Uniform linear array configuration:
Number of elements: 32
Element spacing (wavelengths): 0.5
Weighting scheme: uniform
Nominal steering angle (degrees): -30
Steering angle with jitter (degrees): -30.181
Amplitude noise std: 0.05
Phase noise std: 0.05

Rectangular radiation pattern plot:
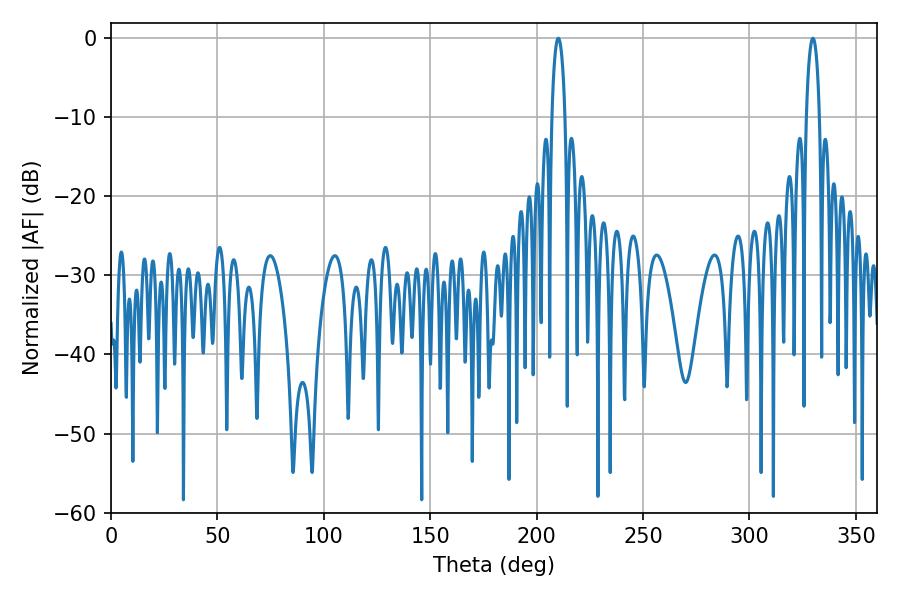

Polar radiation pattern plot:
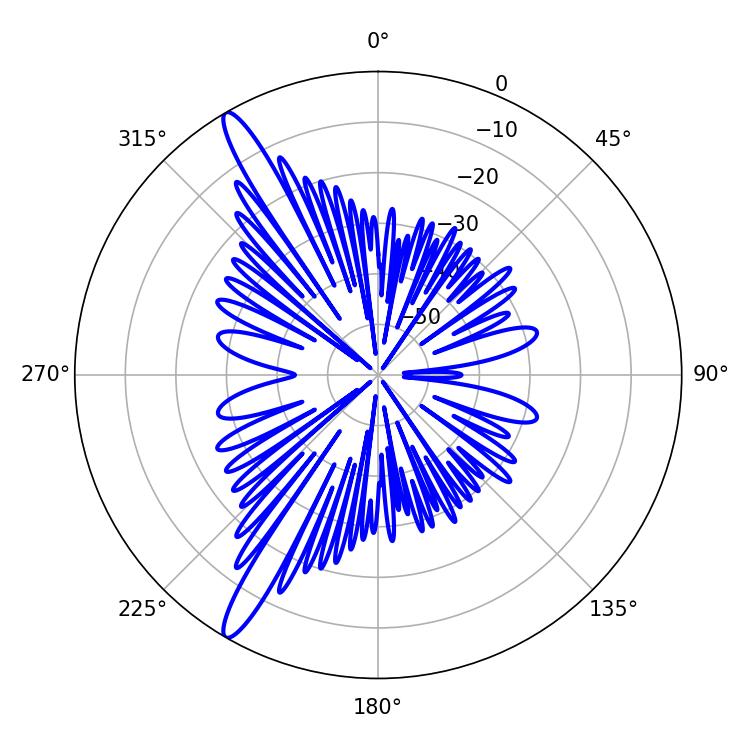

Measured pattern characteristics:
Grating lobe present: FALSE
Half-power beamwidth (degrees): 3.42
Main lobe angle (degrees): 210.24